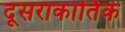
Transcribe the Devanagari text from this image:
दूसराकार्तिक